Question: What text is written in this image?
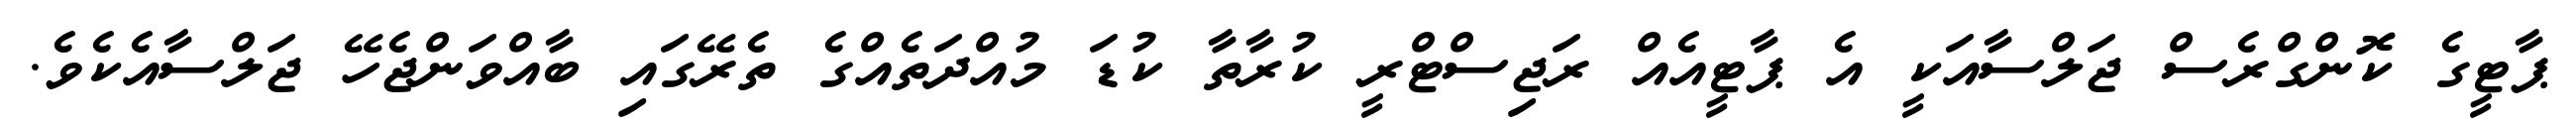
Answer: ޕާޓީގެ ކޮންގްރެސް ޖަލްސާއަކީ އެ ޕާޓީއެއް ރަޖިސްޓްރީ ކުރާތާ ކުޑަ މުއްދަތެއްގެ ތެރޭގައި ބާއްވަންޖެހޭ ޖަލްސާއެކެވެ.